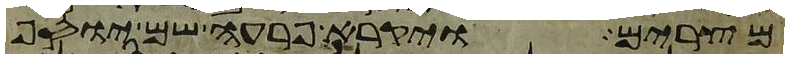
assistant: מצרים ויקרא פרעה שם יוסף